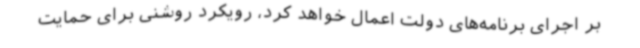
بر اجرای برنامه‌های دولت اعمال خواهد کرد، رویکرد روشنی برای حمایت